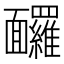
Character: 𩉙